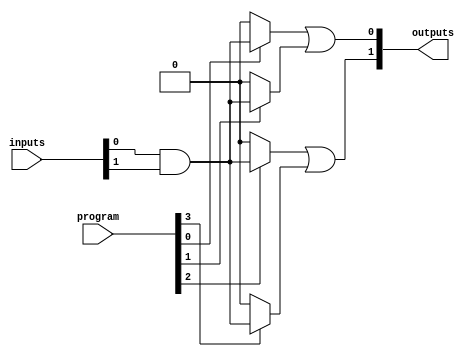
module SPAL #(
    parameter NUM_INPUTS = 8,          // Number of input signals
    parameter NUM_AND_GATES = 4,       // Number of AND gates in the programmable array
    parameter NUM_OR_GATES = 2          // Number of OR gates in the fixed array
)(
    input  [NUM_INPUTS-1:0] inputs,    // Input signals
    input  [NUM_AND_GATES-1:0] program, // Programming signals to configure AND gates
    output [NUM_OR_GATES-1:0] outputs   // Output signals
);

// Internal signals for AND gate outputs
wire [NUM_AND_GATES-1:0] and_outputs;

// Programmable AND array
genvar i;
generate
    for (i = 0; i < NUM_AND_GATES; i = i + 1) begin : and_array
        // Each AND gate can be programmed to AND different combinations of inputs
        assign and_outputs[i] = program[i] ? (inputs[0] & inputs[1]) : 0; // Example: AND of inputs[0] and inputs[1]
        // Add additional logic based on programming to configure different AND combinations as needed
    end
endgenerate

// Fixed OR array
assign outputs[0] = and_outputs[0] | and_outputs[1]; // OR of the first two AND outputs
assign outputs[1] = and_outputs[2] | and_outputs[3]; // OR of the last two AND outputs

endmodule